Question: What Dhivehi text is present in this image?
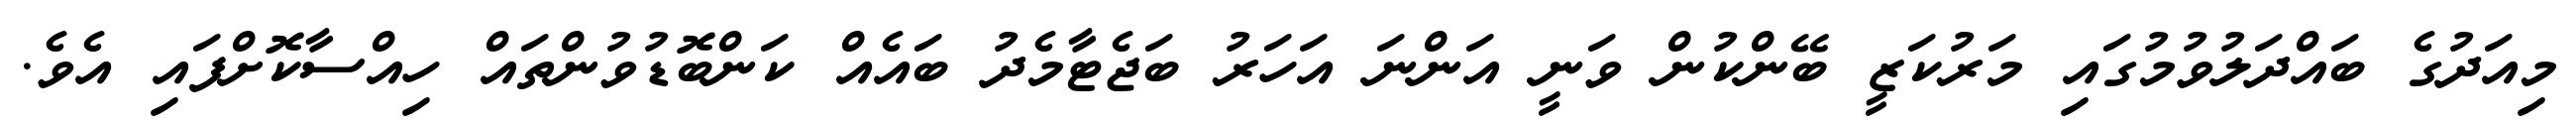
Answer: މިއަދުގެ ބައްދަލުވުމުގައި މަރުކަޒީ ބޭންކުން ވަނީ އަންނަ އަހަރު ބަޖެޓާމެދު ބައެއް ކަންބޮޑުވުންތައް ހިއްސާކޮށްފައި އެވެ.